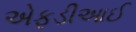
એફડીઆઈ